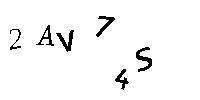
2AV74S